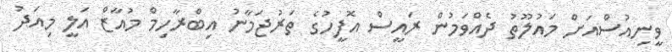
ވީނިއުސްއަށް މައުލޫތު ދެއްވަމުން ރައީސް އޮފީހުގެ ތަރުޖަމާނު އިބްރާހިމް މުއާޒް އަލީ މިއަދު